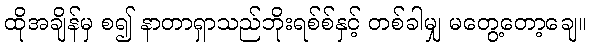
ထိုအချိန်မှ စ၍ နာတာရှာသည်ဘိုးရစ်စ်နှင့် တစ်ခါမျှ မတွေ့တော့ချေ။